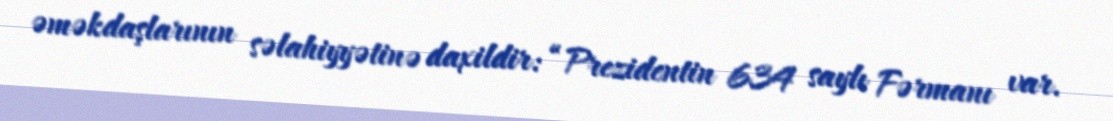
əməkdaşlarının səlahiyyətinə daxildir: “Prezidentin 634 saylı Fərmanı var.